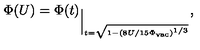
\Phi ( U ) = \Phi ( t ) _ { \Big | _ { t = \sqrt { 1 - ( 8 U / 1 5 \Phi _ { \mathrm { v a c } } ) ^ { 1 / 3 } } } } ,